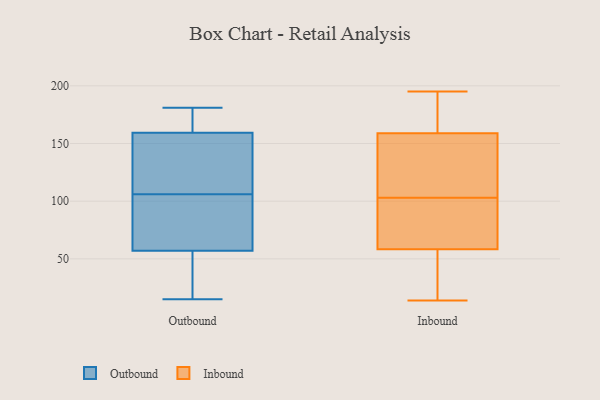
{"axis": {"x": "Demand Index", "y": "Value"}, "legend": ["Inbound", "Outbound"], "data": [{"x": "", "y": 49, "type": "Outbound"}, {"x": "", "y": 48, "type": "Outbound"}, {"x": "", "y": 15, "type": "Outbound"}, {"x": "", "y": 133, "type": "Outbound"}, {"x": "", "y": 181, "type": "Outbound"}, {"x": "", "y": 162, "type": "Outbound"}, {"x": "", "y": 138, "type": "Outbound"}, {"x": "", "y": 169, "type": "Outbound"}, {"x": "", "y": 69, "type": "Outbound"}, {"x": "", "y": 23, "type": "Outbound"}, {"x": "", "y": 54, "type": "Outbound"}, {"x": "", "y": 163, "type": "Outbound"}, {"x": "", "y": 92, "type": "Outbound"}, {"x": "", "y": 80, "type": "Outbound"}, {"x": "", "y": 106, "type": "Outbound"}, {"x": "", "y": 151, "type": "Outbound"}, {"x": "", "y": 166, "type": "Outbound"}, {"x": "", "y": 140, "type": "Outbound"}, {"x": "", "y": 66, "type": "Outbound"}, {"x": "", "y": 98, "type": "Inbound"}, {"x": "", "y": 51, "type": "Inbound"}, {"x": "", "y": 90, "type": "Inbound"}, {"x": "", "y": 153, "type": "Inbound"}, {"x": "", "y": 34, "type": "Inbound"}, {"x": "", "y": 103, "type": "Inbound"}, {"x": "", "y": 161, "type": "Inbound"}, {"x": "", "y": 80, "type": "Inbound"}, {"x": "", "y": 172, "type": "Inbound"}, {"x": "", "y": 174, "type": "Inbound"}, {"x": "", "y": 133, "type": "Inbound"}, {"x": "", "y": 195, "type": "Inbound"}, {"x": "", "y": 83, "type": "Inbound"}, {"x": "", "y": 23, "type": "Inbound"}, {"x": "", "y": 111, "type": "Inbound"}, {"x": "", "y": 14, "type": "Inbound"}, {"x": "", "y": 49, "type": "Inbound"}, {"x": "", "y": 122, "type": "Inbound"}, {"x": "", "y": 173, "type": "Inbound"}]}